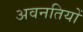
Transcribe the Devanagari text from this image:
अवनतियों